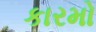
કારમો